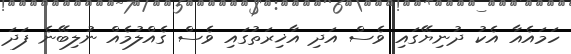
ހަމައެއާ އެކު ދުނިޔޭގައި ވެސް އަދި އާޚިރަތުގައި ވެސް ގެއްލުމެއް ނުލިބޭނެ ފަދަ